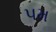
પમ